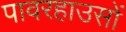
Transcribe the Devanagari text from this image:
पावरहाउसों